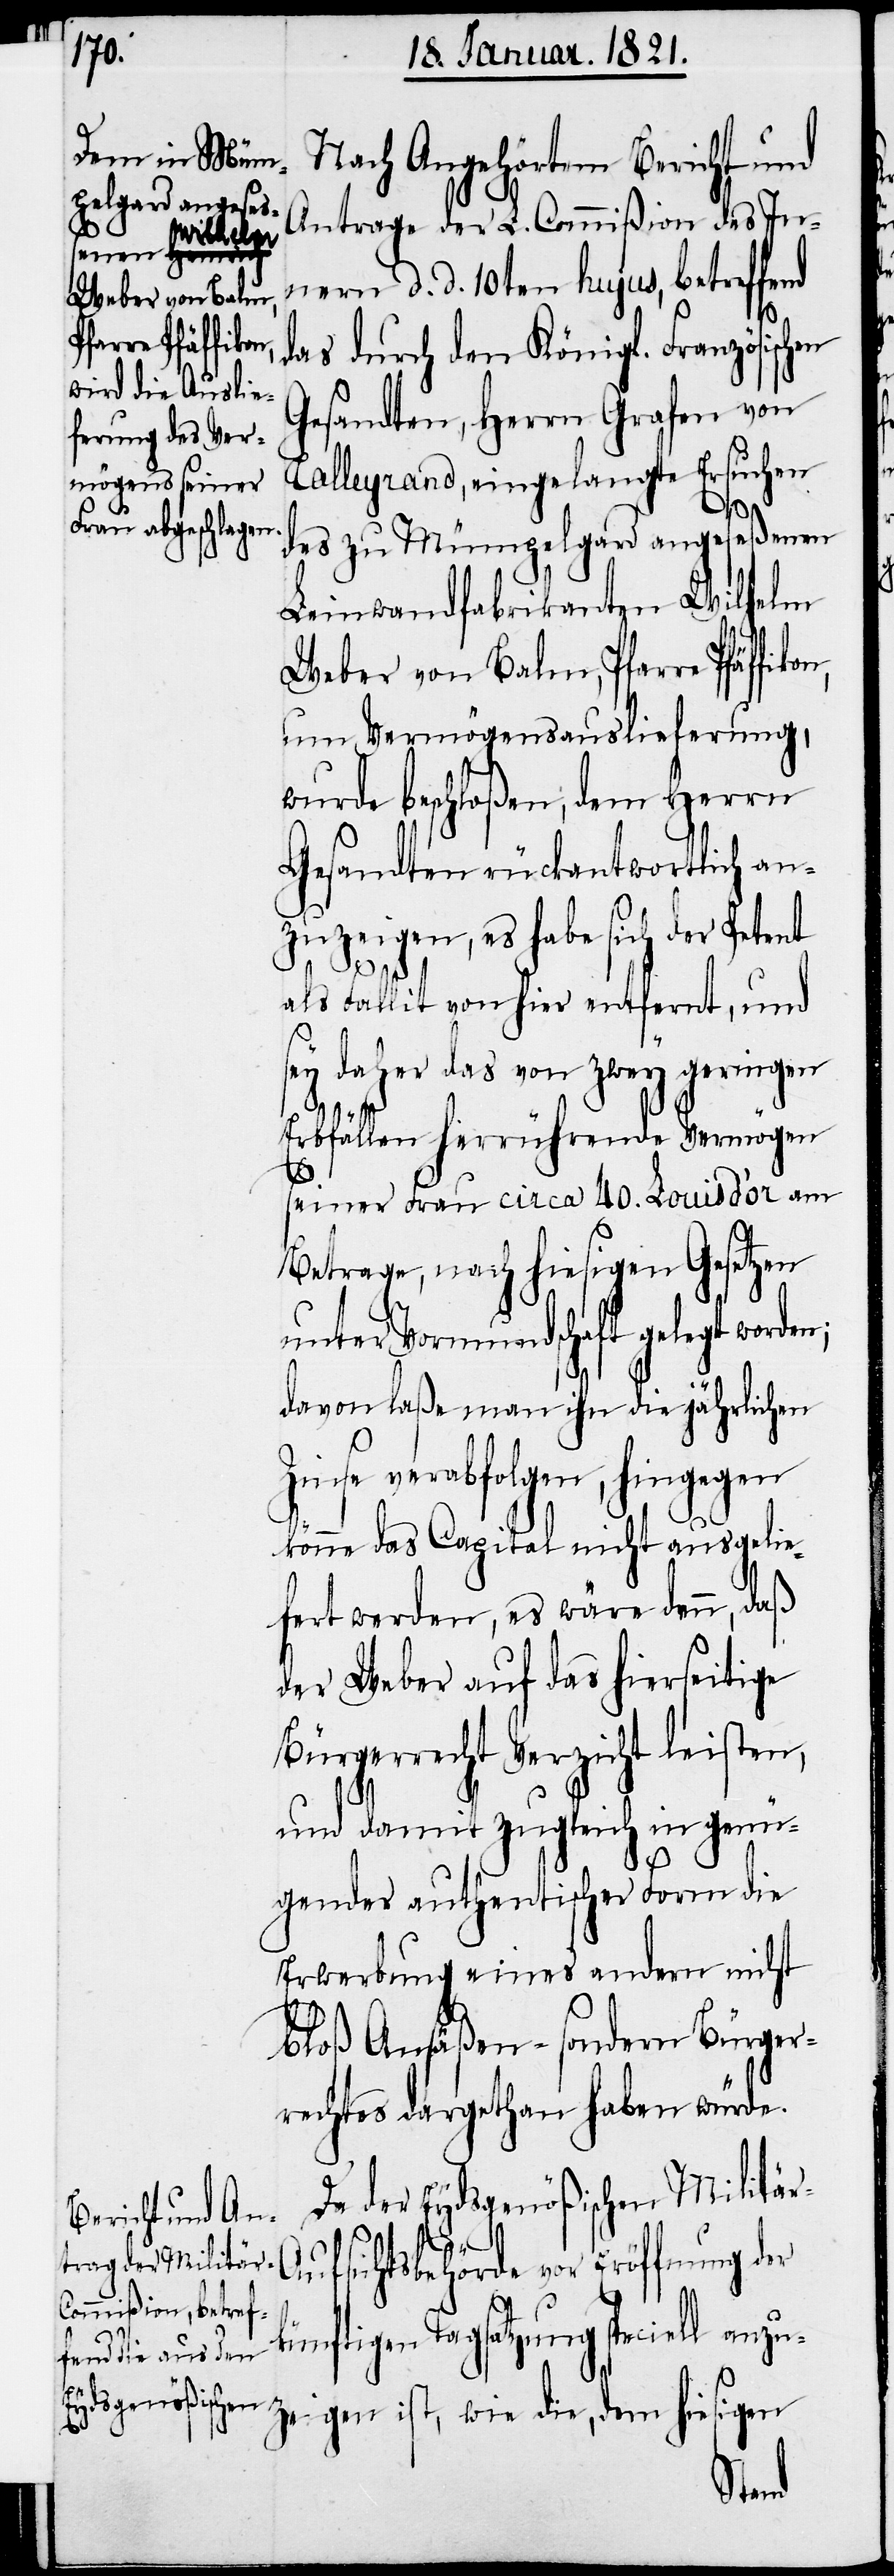
n;

Nach Angehörtem Bericht und
Antrage der L. Commißion des In¬
deren Aufhebung
nern d. d. 10ten hujus, betreffend
Weber von Balm,
P¬
farre Pfäffiko¬
das durch den Königl. Französischen
Gesandten, Herrn Grafen von
Talleyrand, eingelangte Ersuchen
n,
des zu Mümpelgard angeseßenen
Leinwandfabrikanten Wilhelm
um Vermögensauslieferung,
wurde beschloßen, dem Herrn
Gesandten rückantwortlich an¬
zuzeigen, es habe sich der Petent
als Fallit von hier entfernt, und
sey daher das von zwey geringen
Erbfällen herrührende Vermögen
seiner Frau circa 40. Louis d’or am
Betrage, nach hiesigen Gesetzen
unter Vormundschaft gelegt worde¬
davon laße man ihn die jährlichen
Zinse verabfolgen, hingegen
könne das Capital nicht ausgelie¬
fert werden, es wäre denn, daß
der Weber auf das hierseitige
Bürgerrecht Verzicht leisten,
und damit zugleich in genü¬
gender authentischer Form die
Erwerbung eines andern nicht
bloß Ansäßen- sondern Bürger¬
rechtes dargethan haben würde.
Da der Eydsgenößischen Militä¬
r-A¬
ufsichtsbehörde vor Eröffnung der
künftigen Tagsatzung speciell anzu¬
Modification
zeigen ist, wie die, dem hiesigen
durch